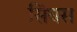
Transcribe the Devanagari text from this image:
सिंघस